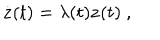
\dot { \bf z } ( t ) = \lambda ( t ) { \bf z } ( t ) \ ,